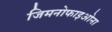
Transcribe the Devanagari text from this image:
जिमनोफाइओना